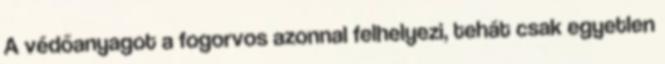
A védőanyagot a fogorvos azonnal felhelyezi, tehát csak egyetlen